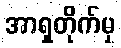
အာရှတိုက်မှ